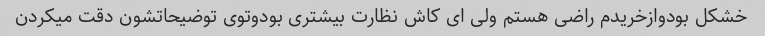
خشکل بودوازخریدم راضی هستم ولی ای کاش نظارت بیشتری بودوتوی توضیحاتشون دقت میکردن